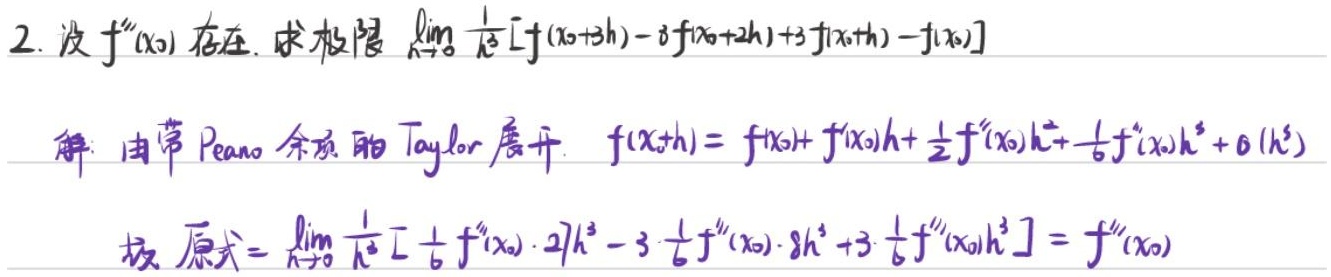
2. 设 \(f'''(x_0)\) 存在。求极限 \(\lim_{h \to 0} \frac{1}{h^{3}}[f(x_0 + 3h)-3f(x_0 + 2h)+3f(x_0+h)-f(x_0)]\)

解：由带 Peano 余项的 Taylor 展开 \(f(x_0 + h)=f(x_0)+f'(x_0)h+\frac{1}{2}f''(x_0)h^{2}+\frac{1}{6}f'''(x_0)h^{3}+o(h^{3})\)

故 原式\(=\lim_{h \to 0} \frac{1}{h^{3}}[\frac{1}{6}f'''(x_0)\cdot 27h^{3}-3\cdot\frac{1}{6}f'''(x_0)\cdot 8h^{3}+3\cdot\frac{1}{6}f'''(x_0)h^{3}]=f'''(x_0)\)